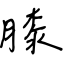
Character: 膝